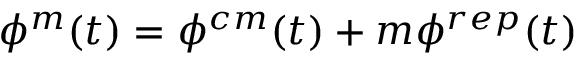
\phi ^ { m } ( t ) = \phi ^ { c m } ( t ) + m \phi ^ { r e p } ( t )